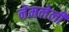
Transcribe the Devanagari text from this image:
नेमलेली